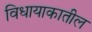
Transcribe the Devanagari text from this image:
विधायाकातील